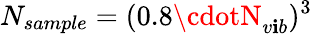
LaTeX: N_{sample}=(0.8\cdotN_{v\mathbf{i}b})^{3}